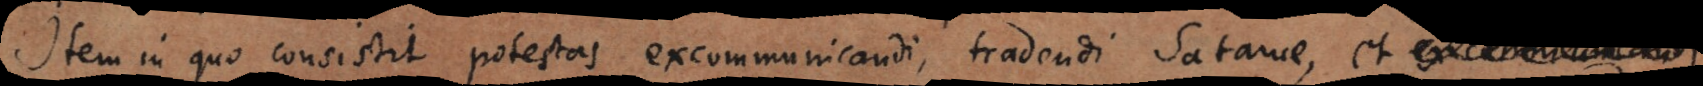
Item in quo consistit potestas excommunicandi, tradendi Satanae, et